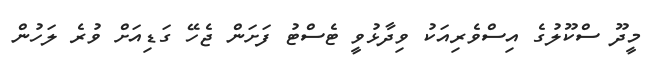
މީދޫ ސްކޫލުގެ އިސްވެރިއަކު ވިދާޅުވީ ޓެސްޓު ފަށަން ޖެހޭ ގަޑިއަށް ވުރެ ލަހުން